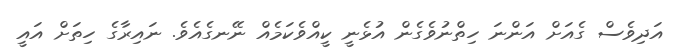
އަދިވެސް ގެއަށް އަންނަ ހިތްނުވެގެން އުޅެނީ ކީއްވެކަމެއް ނޭނގެއެވެ. ނައިރާގެ ހިތަށް އައީ